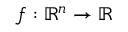
f : \mathbb { R } ^ { n } \rightarrow \mathbb { R }